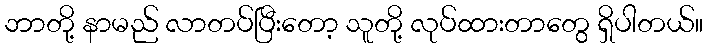
ဘာတို့ နာမည် လာတပ်ပြီးတော့ သူတို့ လုပ်ထားတာတွေ ရှိပါတယ်။